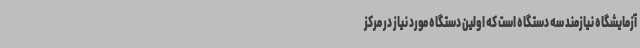
آزمایشگاه نیازمند سه دستگاه است که اولین دستگاه مورد نیاز در مرکز